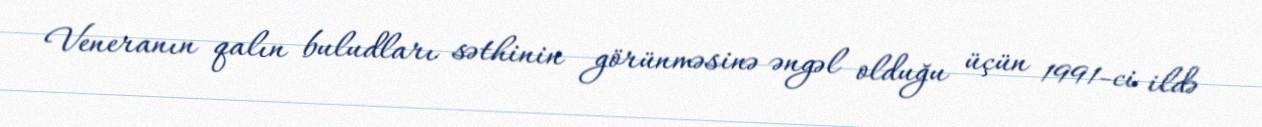
Veneranın qalın buludları səthinin görünməsinə əngəl olduğu üçün 1991-ci ildə